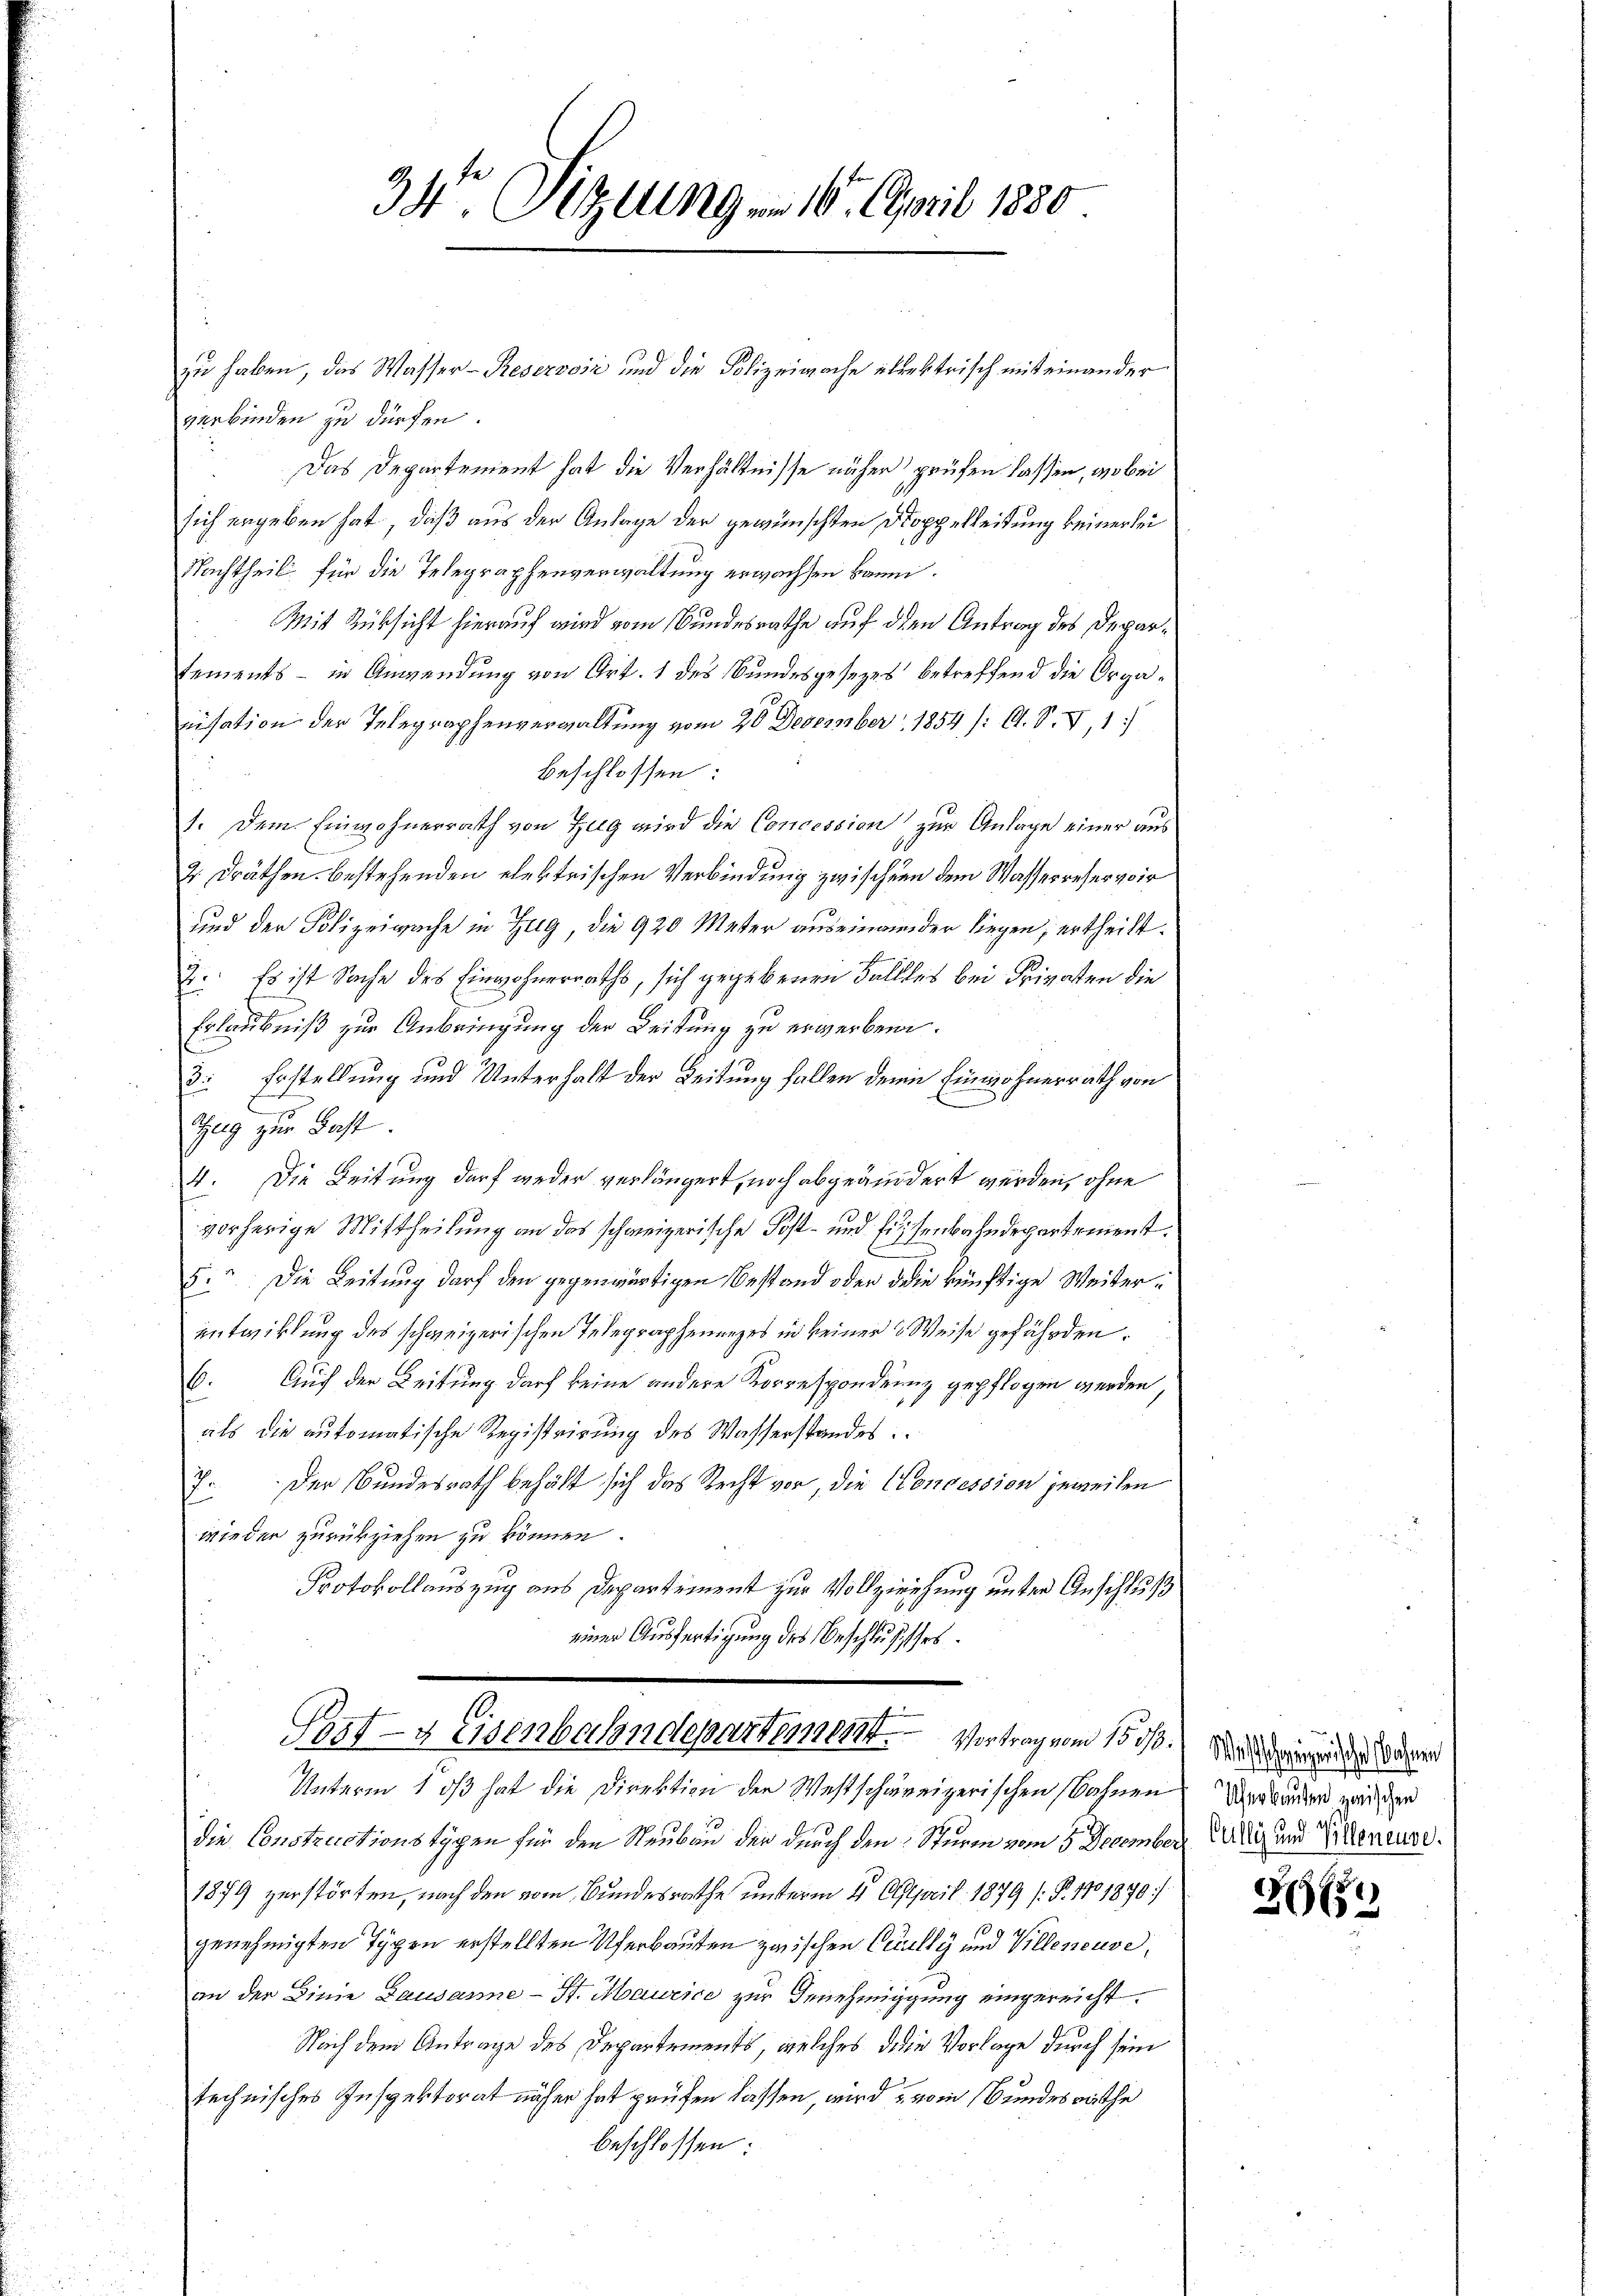
34. Sitzung v. 16. April 1880

zu haben, das Wasser-Reserović und die Polizeiwache ellektrisch mit einander
verbinden zu dürfen.
Das Departement hat die Verhältnisse näher prüfen lassen, wobei
sich ergeben hat, daß aus der Anlage der gewünschten Doppelleitung keinerlei
Nachtheil für die Telegraphenverwaltung erwachsen kann.
Mit Rüksicht hierauf wird vom Bundesrathe auf den Antrag des Departements - in Anwendung von Art. 1 des Bundesgesezes betreffend die Organisation der Telegraphenverwaltung vom 20 Dezember 1854 (: C. S. V, 1.)
beschlossen:
1. Dem Einwohnerrath von Zug wird die Concession zur Anlage einer aus
4 Dräthen bestehenden elektrischen Verbindung zwischen dem Wasserrecher vor
und der Polizeiwache in Zug, die 920 Meter auseinander liegen, ertheilt.
2. Es ist Sache des Einwohnerraths, sich gegebenen Falles bei Privaten die
Erlaubniß zur Anbringung der Leitung zu erwerben.
die Erstellung und Unterhalt der Leitung fallen deine Einwohnerrath von
Szug zur Fast
4. Die Leitung darf weder verlängert, noch abgeändert werden, ohne
vorherige Mittheilung an das schweizerische Post- und Eisenbahndepartement.
5. Die Leitung darf den gegenwärtigen Bestand oder die künftige Weiterentwicklung des schweizerischen Telegraphenanzes in keiner 3 Weise gefährden.
.
Auf der Leitung darf keine andere Korrespondrung gepflogen werden,
B
ff
als die automatische Registrirung des Wasserstandes
Der Bundesrath behält sich das Recht vor, die Concession jeweilen
.
wieder zurückziehen zu können.
Protokollauszug aus Departement zur Vollziehung unter Anschluß
einer Ausfertigung des Beschlusses
Post- & Eisenbahndepartement. Vortrag vom 15. ds.
Unterm 1 dβ hat die Direktion der Westschäreizerischen Bahnen
die Constructionstigen für den Neubau der durch den Sturm vom 5 December
1879 verstörten, nach den vom Bundesrathe unterm 4. April 1879 (§. 110 1890
genehmigten Typen erstellten Uferbauten zwischen Cilly und Villeneuve,
an der Linie Lausanne - St. Maurice zur Genehmigung eingereicht
Nach dem Antrage des Departements, welches die Vorlage durch sein
technisches Inspektorat näher hat prüfen lassen, wird vom Bundesrathe
beschlossen:

Was schweizerischehen
Uferbauten zwischen
Cully und Villeneure.

2650